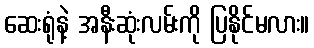
ဆေးရုံနဲ့ အနီးဆုံးလမ်းကို ပြနိုင်မလား။